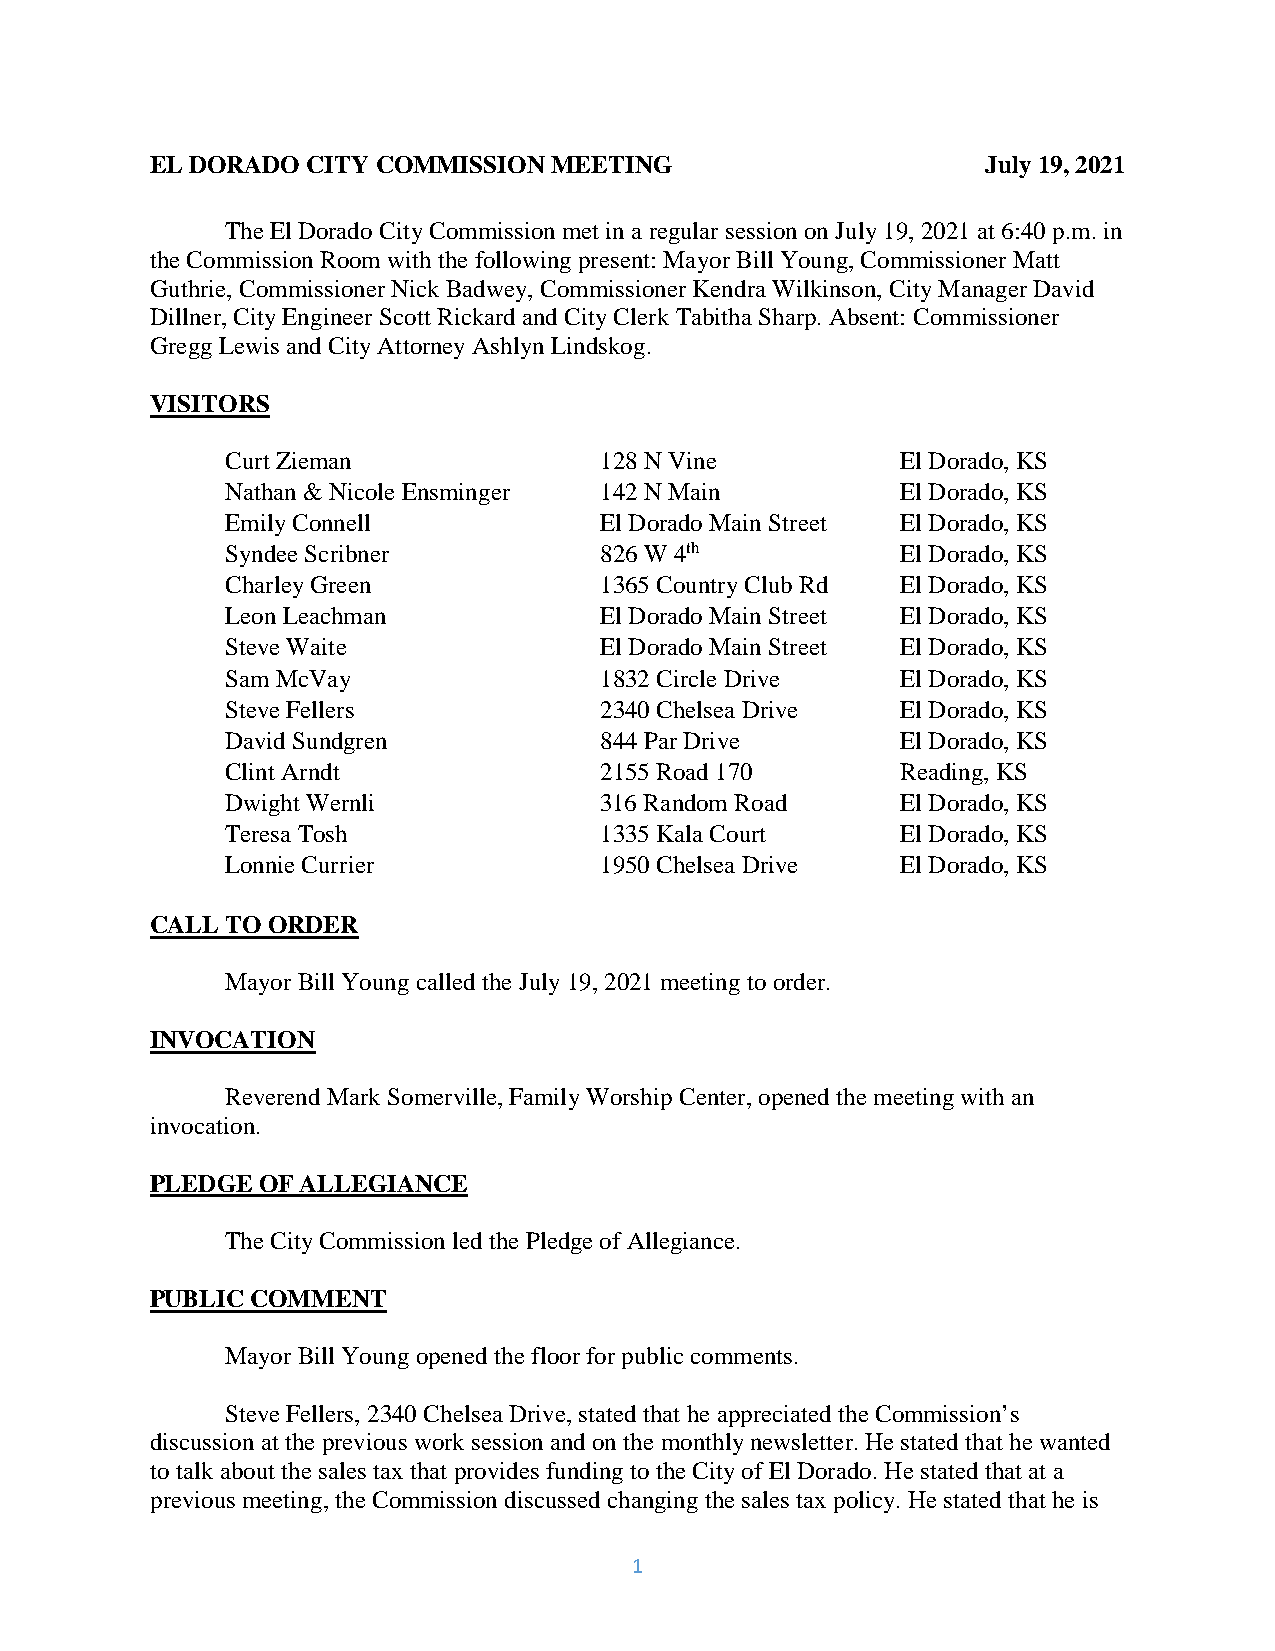
EL DORADO CITYCOMMISSIONMEETING                        July19,2021
 TheElDoradoCityCommissionmet inaregular sessiononJuly19,2021 at 6:40p.m.in
 theCommissionRoom with thefollowingpresent: MayorBill Young,CommissionerMatt
 Guthrie,CommissionerNickBadwey,CommissionerKendraWilkinson, CityManagerDavid
 Dillner,CityEngineerScott RickardandCityClerkTabithaSharp.Absent: Commissioner
 GreggLewis andCityAttorneyAshlyn Lindskog.
 VISITORS
 Curt Zieman              128NVine            ElDorado,KS
 Nathan &NicoleEnsminger  142NMain            ElDorado,KS
 EmilyConnell             ElDoradoMainStreet  ElDorado,KS
 SyndeeScribner           826W 4th            ElDorado,KS
 CharleyGreen             1365CountryClubRd   ElDorado,KS
 Leon Leachman            ElDoradoMainStreet  ElDorado,KS
 SteveWaite               ElDoradoMainStreet  ElDorado,KS
 Sam McVay                1832CircleDrive     ElDorado,KS
 SteveFellers             2340ChelseaDrive    ElDorado,KS
 DavidSundgren            844ParDrive         ElDorado,KS
 Clint Arndt              2155Road170         Reading, KS
 Dwight Wernli            316Random Road      ElDorado,KS
 Teresa Tosh              1335KalaCourt       ElDorado,KS
 LonnieCurrier            1950ChelseaDrive    ElDorado,KS
 CALL TO ORDER
 MayorBill Youngcalled theJuly19,2021meetingtoorder.
 INVOCATION
 ReverendMarkSomerville,FamilyWorshipCenter,openedthemeetingwithan
 invocation.
 PLEDGE OFALLEGIANCE
 TheCityCommissionledthePledgeofAllegiance.
 PUBLICCOMMENT
 MayorBill Youngopenedthefloorforpublic comments.
 SteveFellers, 2340ChelseaDrive,statedthat he appreciatedtheCommission’s
 discussionat theprevious worksessionandonthemonthlynewsletter.He statedthat hewanted
 totalk about thesales tax that provides fundingto theCityofEl Dorado.Hestatedthat at a
 previous meeting,theCommissiondiscussedchangingthesales tax policy. Hestatedthat heis
 1